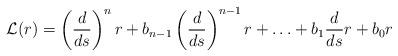
LaTeX: \begin{align*}\mathcal{L}(r)=\left(\frac{d}{ds}\right)^n r+b_{n-1}\left(\frac{d}{ds}\right)^{n-1}r+\ldots+b_1\frac{d}{ds}r+b_0r\end{align*}